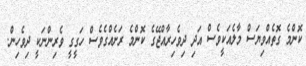
ކޮންމެ ގޮތެއްވިޔަސް މާލެއަކީވެސް އަދި ދިވެހިރާއްޖޭގެ ކޮންމެ ރަށެއްގެވެސް ހަގީގީ ވެރިންނަކީ ދިވެހިން.